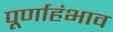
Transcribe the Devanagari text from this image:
पूर्णाहंभाव